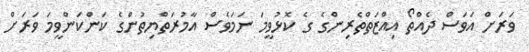
ވަރަށް އަވަސް ދެއްތޯ އިއްޒަތްތެރިންގެ ގެ ކޮޅުވީމަ ނަމަވެސް އާމުރަތްޔިތުންގެ ކަންކަންވީމަ ވަރަށް